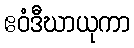
ဧဝံဒီဃာယုကာ